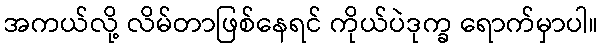
အကယ်လို့ လိမ်တာဖြစ်နေရင် ကိုယ်ပဲဒုက္ခ ရောက်မှာပါ။